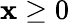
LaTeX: \mathbf{x}\ge0